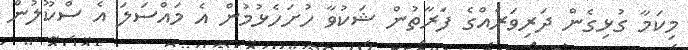
މިކަމާ ގުޅިގެން ދަރިވަރެއްގެ ފަރާތުން ޝަކުވާ ހުށަހެޅުމުން އެ މައްސަލަ އެ ސްކޫލުން